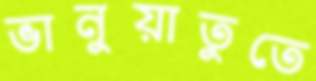
ভানুয়াতুতে